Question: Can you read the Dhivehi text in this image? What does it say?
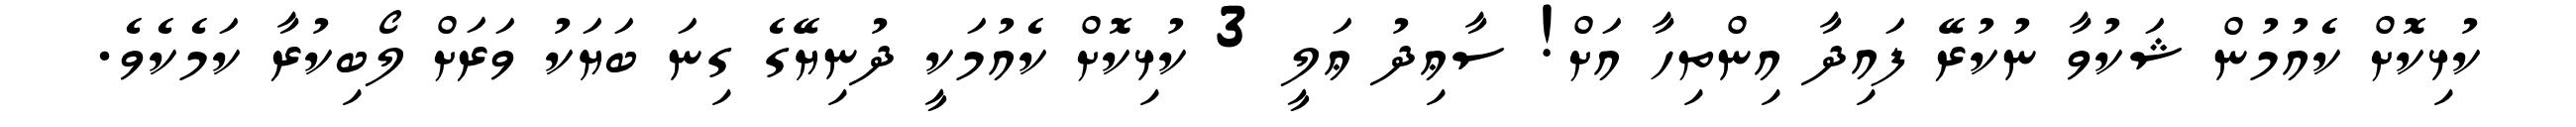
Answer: ކުޅިކޮށް ކެއުމުން ޝަކުވާ ނުކުރޭ ފައިދާ އިންތިހާ އަށް! ސާޢިދު ޢަލީ 3 ކުޅިކޮށް ކެއުމަކީ ދުނިޔޭގެ ގިނަ ބަޔަކު ވަރަށް ލޯބިކުރާ ކަމެކެވެ.